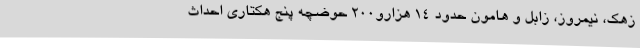
زهک، نیمروز، زابل و هامون حدود 14 هزارو200 حوضچه پنج هکتاری احداث